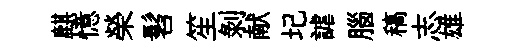
麒憶榮髫笙剥献圮謔腦稿志雄